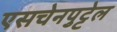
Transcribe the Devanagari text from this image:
एसचेनपुट्टेल